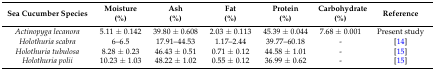
<table><thead><tr><td><b>Sea Cucumber Species</b></td><td><b>Moisture (%)</b></td><td><b>Ash (%)</b></td><td><b>Fat (%)</b></td><td><b>Protein (%)</b></td><td><b>Carbohydrate (%)</b></td><td><b>Reference</b></td></tr></thead><tbody><tr><td><i>Actinopyga lecanora</i></td><td>5.11 ± 0.142</td><td>39.80 ± 0.608</td><td>2.03 ± 0.113</td><td>45.39 ± 0.044</td><td>7.68 ± 0.001</td><td>Present study</td></tr><tr><td><i>Holothuria scabra</i></td><td>6–6.5</td><td>17.91–44.53</td><td>1.17–2.44</td><td>39.77–60.18</td><td>-</td><td>[14]</td></tr><tr><td><i>Holothuria tubulosa</i></td><td>8.28 ± 0.23</td><td>46.43 ± 0.51</td><td>0.71 ± 0.12</td><td>44.58 ± 1.01</td><td>-</td><td>[15]</td></tr><tr><td><i>Holothuria polii</i></td><td>10.23 ± 1.03</td><td>48.22 ± 1.02</td><td>0.55 ± 0.12</td><td>36.99 ± 0.62</td><td>-</td><td>[15]</td></tr></tbody></table>